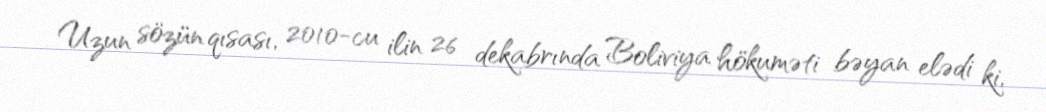
Uzun sözün qısası, 2010-cu ilin 26 dekabrında Boliviya hökuməti bəyan elədi ki,